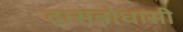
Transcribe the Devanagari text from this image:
दासबोधासी